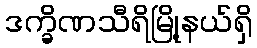
ဒက္ခိဏသီရိမြို့နယ်ရှိ